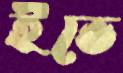
ইভে